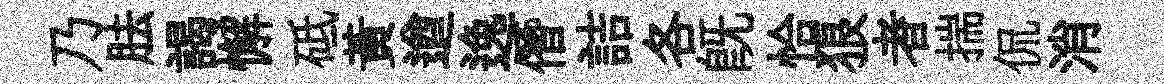
乃胠謁懈砥黄遒逸僭詰各既恰狼者揣侃消